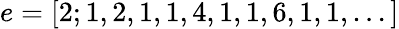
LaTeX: e=[2;1,2,1,1,4,1,1,6,1,1,...]